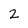
Character: 2